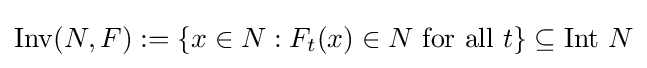
\operatorname {Inv} (N,F):=\{x\in N:F_{t}(x)\in N{\ }{\text{for all }}t\}\subseteq \operatorname {Int} \,N